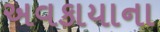
અવકાયાના